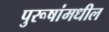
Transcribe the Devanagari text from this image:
पुरूषांमधील